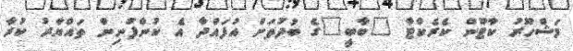
މަޝްހޫރު ކާޓޫން ކެރެކްޓާ "ބާބީ"ގެ ބުދުތަށް އުފައްދާ އެ ކުންފުނިން ތައްޔާރު ކުރާ